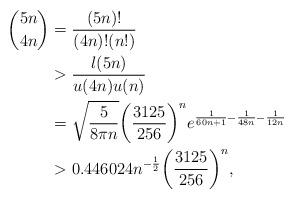
LaTeX: \begin{align*}\binom{5n}{4n}&=\frac{(5n)!}{(4n)!(n!)}\\&>\frac{l(5n)}{u(4n)u(n)}\\&=\sqrt{\frac{5}{8\pi n}}{\left(\frac{3125}{256}\right)}^{n}e^{\frac{1}{60n+1}-\frac{1}{48n}-\frac{1}{12n}}\\&>0.446024n^{-\frac{1}{2}}{\left(\frac{3125}{256}\right)}^{n},\end{align*}